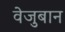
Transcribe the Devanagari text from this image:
वेजुबान